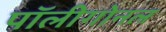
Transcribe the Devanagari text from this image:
पॉलीगोनल